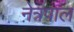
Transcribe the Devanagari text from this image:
नेत्रपाल